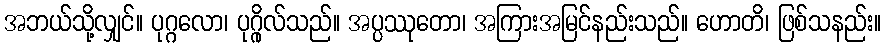
အဘယ်သို့လျှင်။ ပုဂ္ဂလော၊ ပုဂ္ဂိုလ်သည်။ အပ္ပဿုတော၊ အကြားအမြင်နည်းသည်။ ဟောတိ၊ ဖြစ်သနည်း။